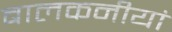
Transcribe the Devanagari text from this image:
बालकनीयां